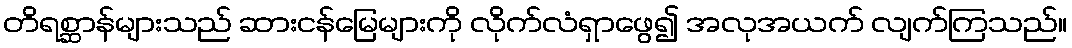
တိရစ္ဆာန်များသည် ဆားငန်မြေများကို လိုက်လံရှာဖွေ၍ အလုအယက် လျက်ကြသည်။